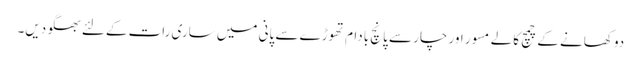
دو کھانے کے چمچ کالے مسور اور چار سے پانچ بادام تھوڑے سے پانی میں ساری رات کےلئے بھگو دیں۔